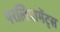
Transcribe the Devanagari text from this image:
परलियामेंट्स